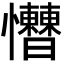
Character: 𢥱